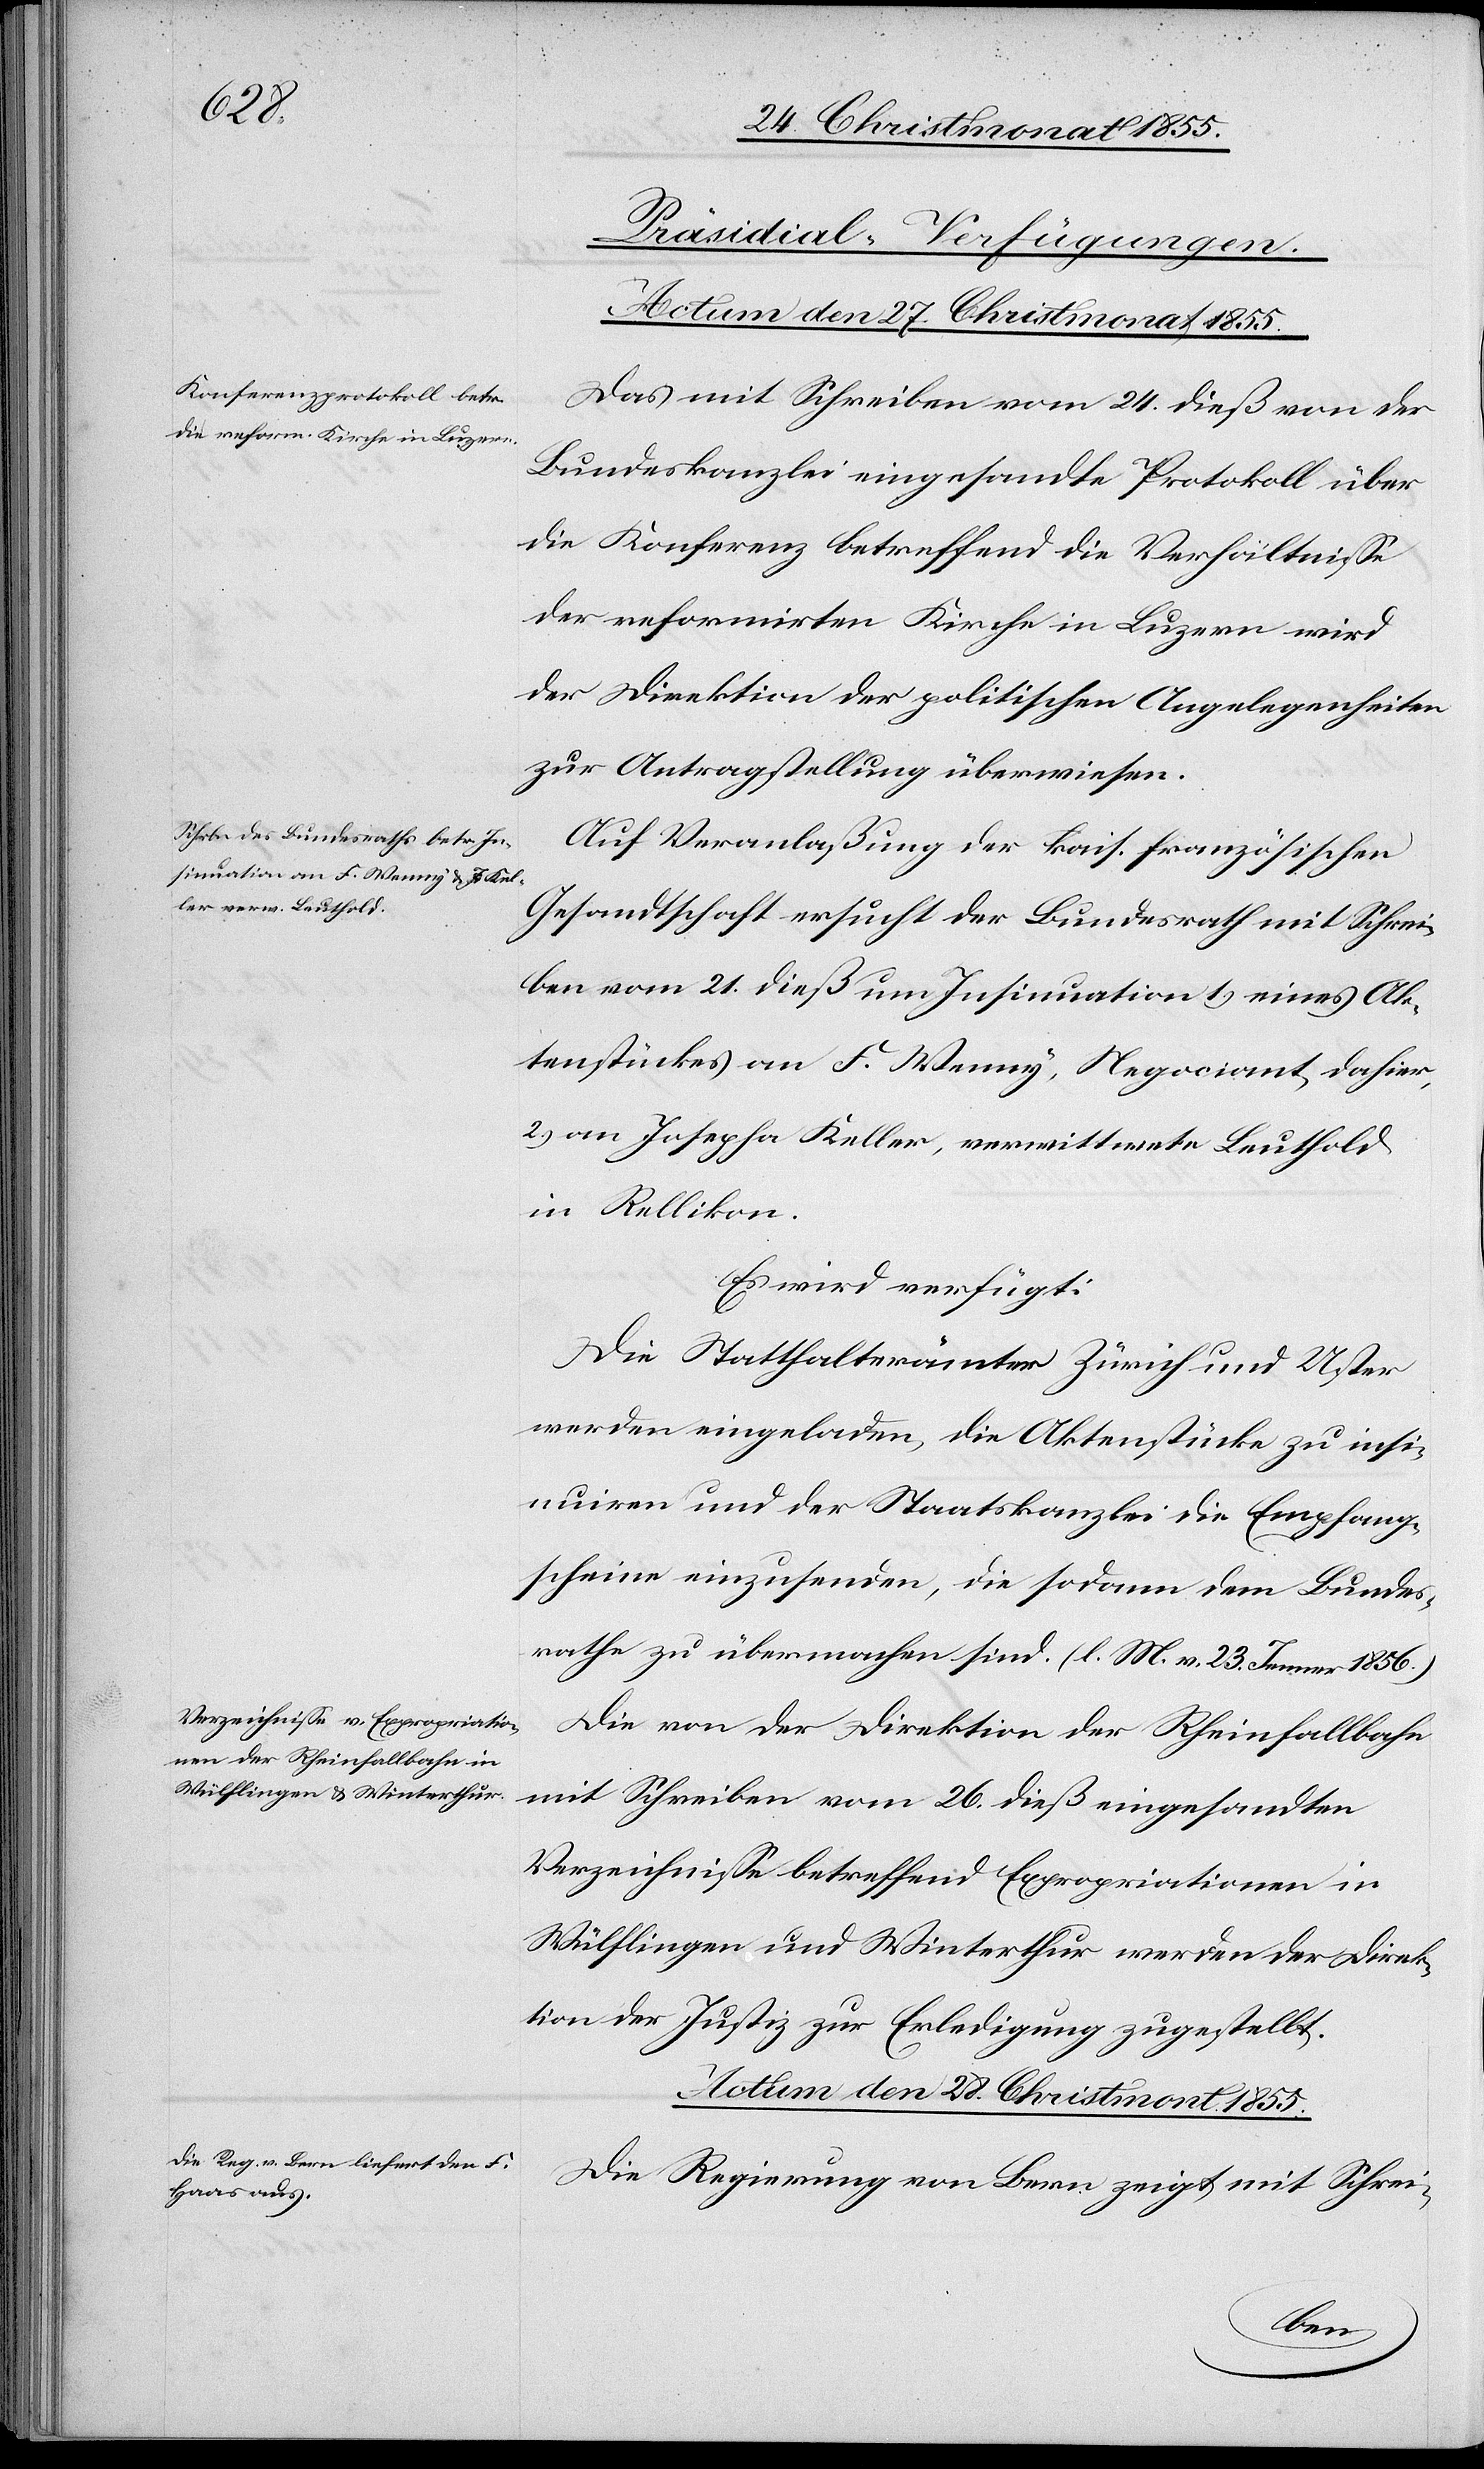
[Präsidial-Verfügungen.]
Actum den 28. Christmont. 1855.
Das mit Schreiben vom 24. dieß von der
Bundeskanzlei eingesandte Protokoll über
die Konferenz betreffend die Verhältnisse
der reformirten Kirche in Luzern wird
der Direktion der politischen Angelegenheiten
zur Antragstellung überwiesen.
Auf Veranlaßung der kais. französischen
Gesandtschaft ersucht der Bundesrath mit Schrei¬
ben vom 21. dieß um Insinuation 1.) eines Ak¬
tenstückes an F. Wenny, Negociant dahier,
2.) an Josepha Keller, verwittwete Leuthold
in Rellikon.
Es wird verfügt:
Die Statthalterämter Zürich und Uster
werden eingeladen, die Aktenstücke zu insi¬
nuiren und der Staatskanzlei die Empfang¬
scheine einzusenden, die sodann dem Bundes¬
rathe zu übermachen sind. (l. M. v. 23. Jenner 1856.)
Die von der Direktion der Rheinfallbahn
mit Schreiben vom 26. dieß eingesandten
Verzeichnisse betreffend Expropriationen in
Wülflingen und Winterthur werden der Direk¬
tion der Justiz zur Erledigung zugestellt.
Die Regierung von Bern zeigt mit Schrei-